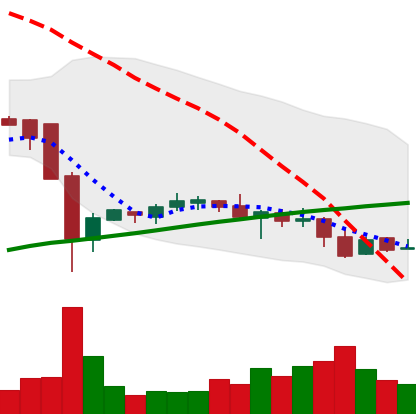
Ticker: LTC-USD
Chart end date: 2016-08-18
Forward return: 8.971%
Label: up_7plus